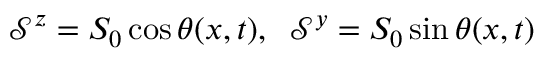
\mathcal { S } ^ { z } = S _ { 0 } \cos \theta ( x , t ) , \; \; \mathcal { S } ^ { y } = S _ { 0 } \sin \theta ( x , t )